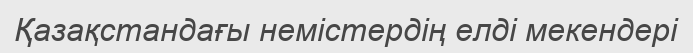
Қазақстандағы немістердің елді мекендері